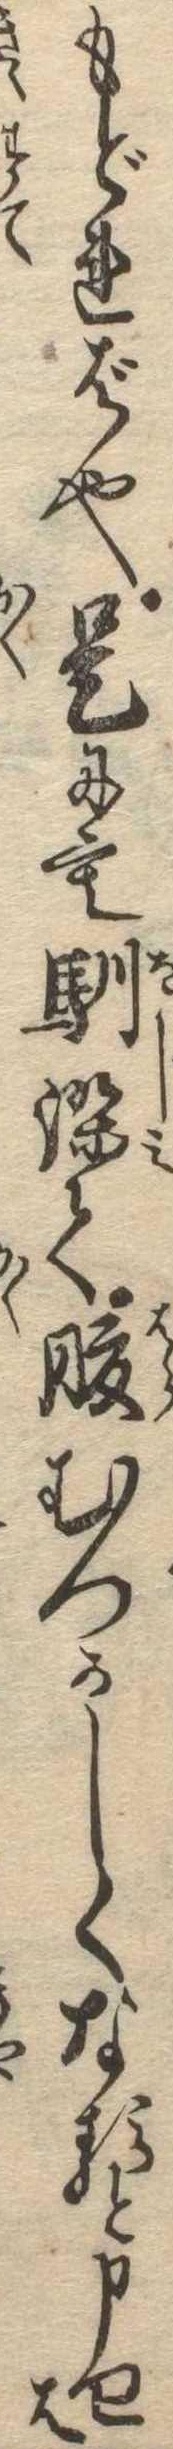
もどれば也是にも馴染て腹むつかしくなると申せは